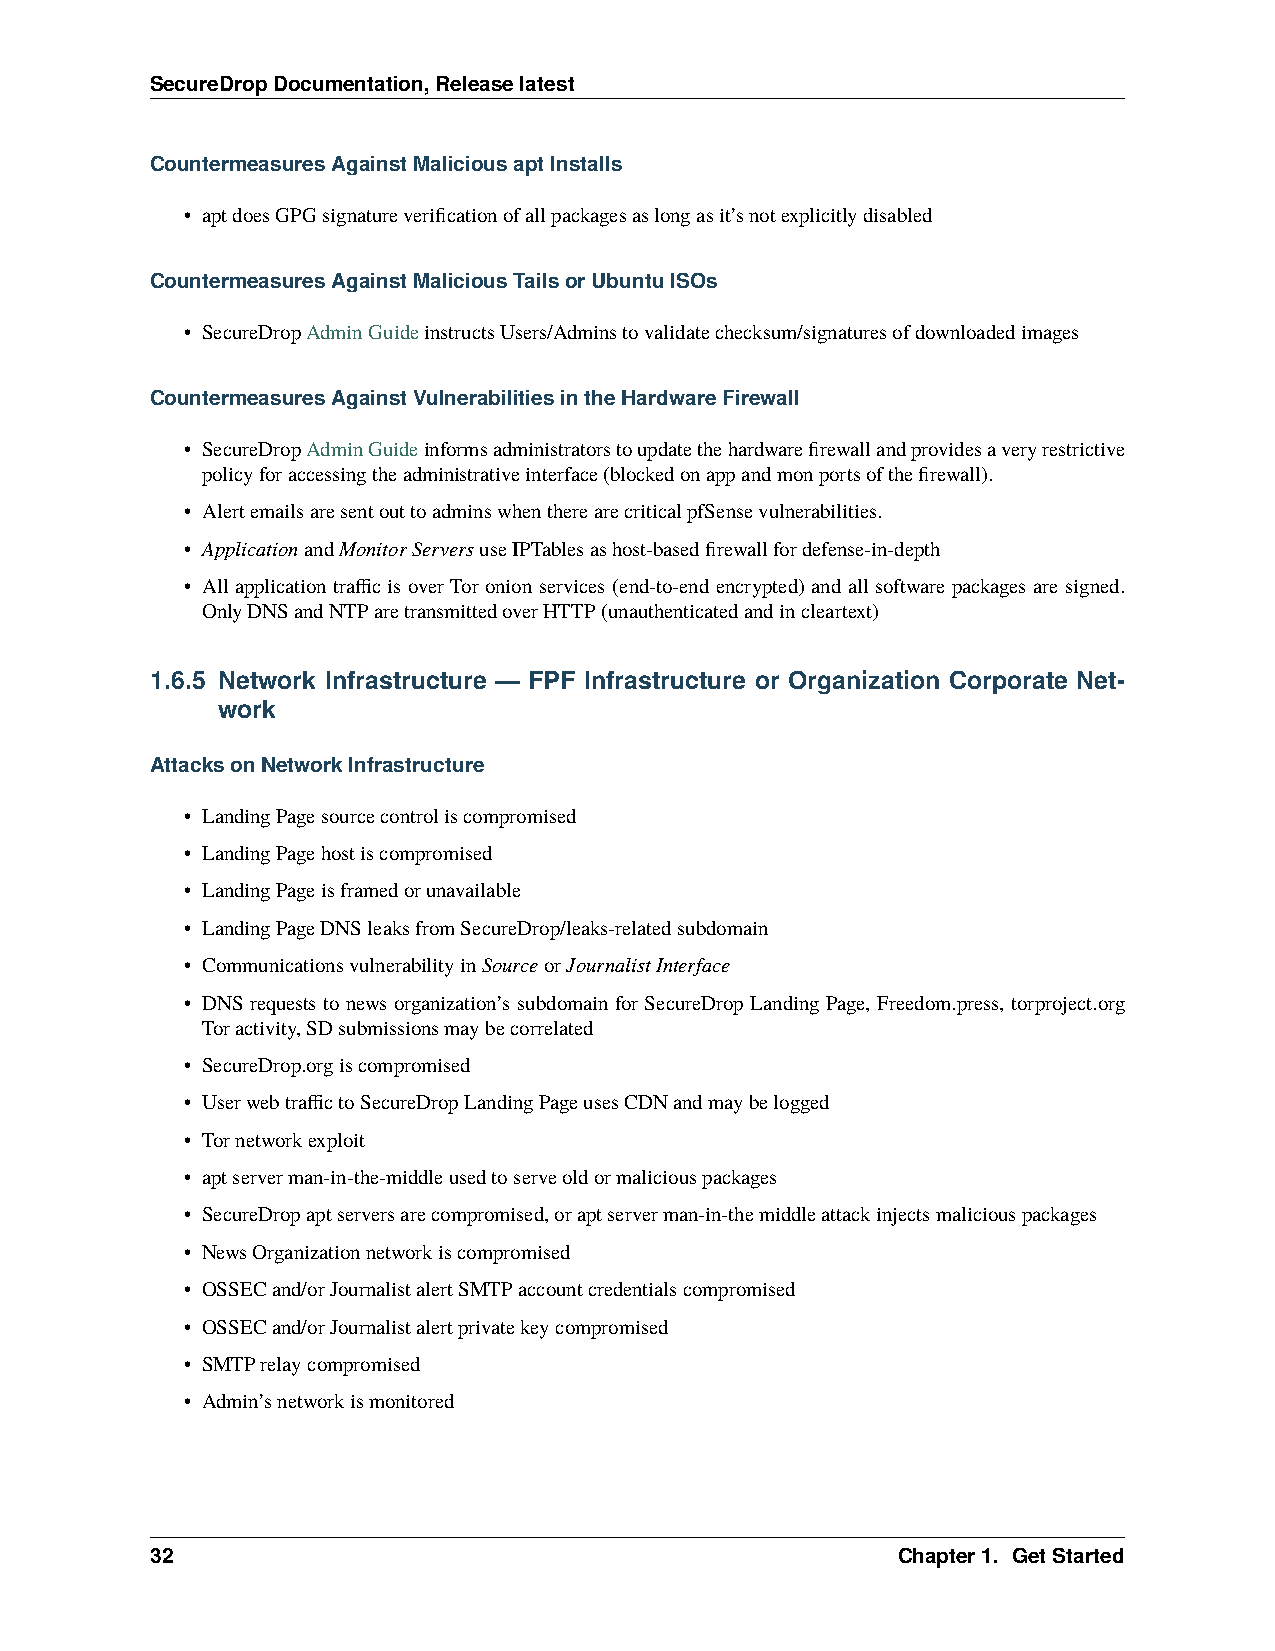
SecureDropDocumentation,Releaselatest
 CountermeasuresAgainstMaliciousaptInstalls
 • aptdoesGPGsignatureverificationofallpackagesaslongasit’snotexplicitlydisabled
 CountermeasuresAgainstMaliciousTailsorUbuntuISOs
 • SecureDropAdminGuideinstructsUsers/Adminstovalidatechecksum/signaturesofdownloadedimages
 CountermeasuresAgainstVulnerabilitiesintheHardwareFirewall
 • SecureDropAdminGuideinformsadministratorstoupdatethehardwarefirewallandprovidesaveryrestrictive
 policyforaccessingtheadministrativeinterface(blockedonappandmonportsofthefirewall).
 • AlertemailsaresentouttoadminswhentherearecriticalpfSensevulnerabilities.
 • ApplicationandMonitorServersuseIPTablesashost-basedfirewallfordefense-in-depth
 • All application traffic is over Tor onion services (end-to-end encrypted) and all software packages are signed.
 OnlyDNSandNTParetransmittedoverHTTP(unauthenticatedandincleartext)
 1.6.5 Network Infrastructure — FPF Infrastructure or Organization Corporate Net-
 work
 AttacksonNetworkInfrastructure
 • LandingPagesourcecontroliscompromised
 • LandingPagehostiscompromised
 • LandingPageisframedorunavailable
 • LandingPageDNSleaksfromSecureDrop/leaks-relatedsubdomain
 • CommunicationsvulnerabilityinSourceorJournalistInterface
 • DNS requests to news organization’s subdomain for SecureDrop Landing Page, Freedom.press, torproject.org
 Toractivity,SDsubmissionsmaybecorrelated
 • SecureDrop.orgiscompromised
 • UserwebtraffictoSecureDropLandingPageusesCDNandmaybelogged
 • Tornetworkexploit
 • aptserverman-in-the-middleusedtoserveoldormaliciouspackages
 • SecureDropaptserversarecompromised,oraptserverman-in-themiddleattackinjectsmaliciouspackages
 • NewsOrganizationnetworkiscompromised
 • OSSECand/orJournalistalertSMTPaccountcredentialscompromised
 • OSSECand/orJournalistalertprivatekeycompromised
 • SMTPrelaycompromised
 • Admin’snetworkismonitored
 32                                               Chapter1. GetStarted